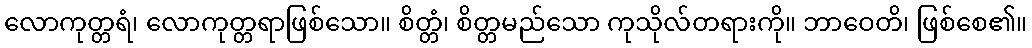
လောကုတ္တရံ၊ လောကုတ္တရာဖြစ်သော။ စိတ္တံ၊ စိတ္တမည်သော ကုသိုလ်တရားကို။ ဘာဝေတိ၊ ဖြစ်စေ၏။